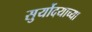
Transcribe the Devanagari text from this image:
सुर्योदयाच्या